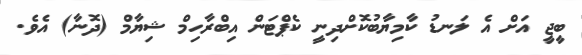
ބީޖީ އަށް އެ ލަނޑު ކާމިޔާބުކޮށްދިނީ ކެޕްޓަން އިބްރާހިމް ޝިޔާމް (ދޮނާ) އެވެ.